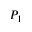
P _ { 1 }